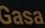
Gasa